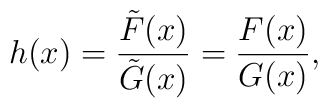
h(x) = {\tilde F(x)\over \tilde G(x)} = {F(x) \over G (x)},